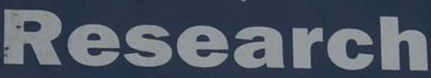
Research